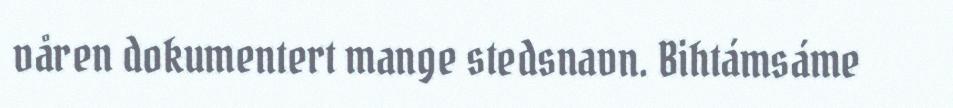
våren dokumentert mange stedsnavn. Bihtámsáme